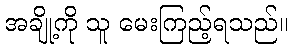
အချို့ကို သူ မေးကြည့်ရသည်။